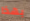
بهذا